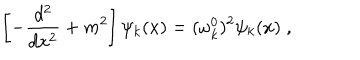
\left[ - \frac { d ^ { 2 } } { d x ^ { 2 } } + m ^ { 2 } \right] \psi _ { k } ( x ) = ( \omega _ { k } ^ { 0 } ) ^ { 2 } \psi _ { k } ( x ) \; ,